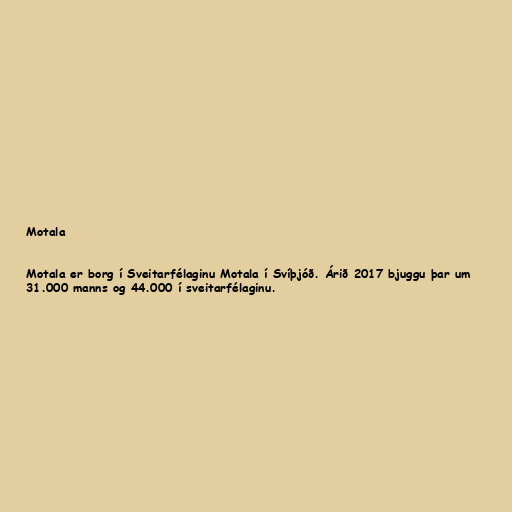
Motala

Motala er borg í Sveitarfélaginu Motala í Svíþjóð. Árið 2017 bjuggu þar um
31.000 manns og 44.000 í sveitarfélaginu.